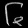
Digit: ၆